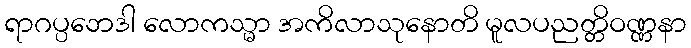
ရာဂပ္ပဘေဒါ လောကသ္မာ အကိလာသုနောတိ မူလပညတ္တိဝဏ္ဏနာ